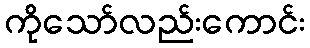
ကိုသော်လည်းကောင်း